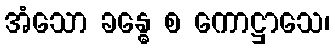
အံသော ခန္ဓေ စ ကောဋ္ဌာသေ၊